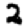
Digit: 2